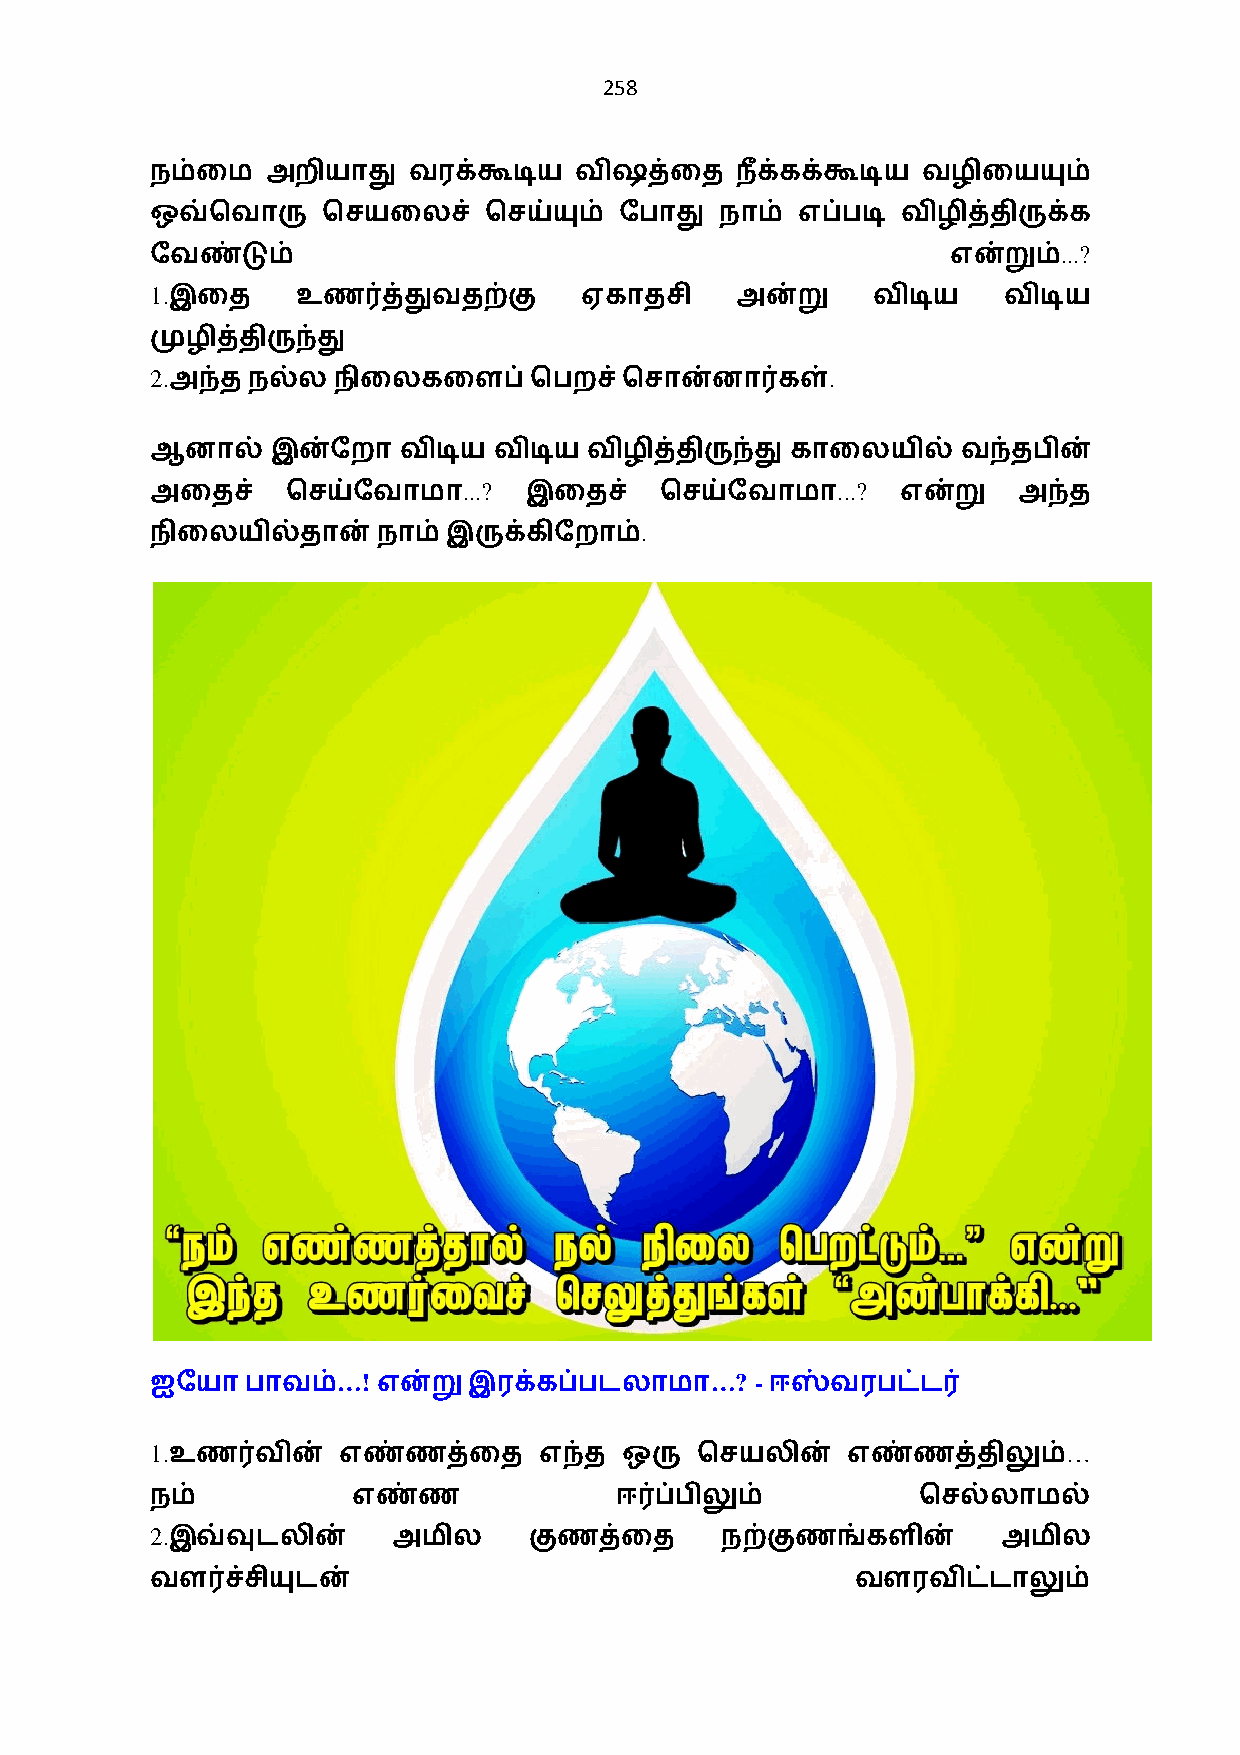
258
 நம்ைம   அறியாது  வரக்கூடிய  விஷத்ைத    ந+க்கக்கூடிய வழிையயும்
 ஒவ்ெவாரு   ெசயைலச்    ெசய்யும் ேபாது  நாம் எப்படி விழித்திருக்க
 ...?
 ேவண்டும்                                             என்றும்
 1.
 இைத      உண0த்துவதற்கு     ஏகாதசி     அன்று    விடிய   விடிய
 முழித்திருந்து
 2.                                           .
 அந்த நல்ல  நிைலகைளப்    ெபறச்ெசான்னா0கள்
 ஆனால்   இன்ேறா  விடிய  விடிய விழித்திருந்து காைலயில்  வந்தபின்
 ...?                    ...?
 அைதச்    ெசய்ேவாமா       இைதச்    ெசய்ேவாமா       என்று  அந்த
 .
 நிைலயில்தான்   நாம் இருக்கிேறாம்
 …!                       …? -
 ஐேயாபாவம்      என்றுஇரக்கப்படலாமா        ஈஸ்வரபட்ட0
 1.                                                           …
 உண0வின்    எண்ணத்ைத      எந்த ஒரு  ெசயலின்   எண்ணத்திலும்
 நம்          எண்ண              ஈ0ப்பிலும்          ெசல்லாமல்
 2.
 இவ்வுடலின்     அமில     குணத்ைத      நற்குணங்களின்     அமில
 வள0ச்சியுடன்                                   வளரவிட்டாலும்